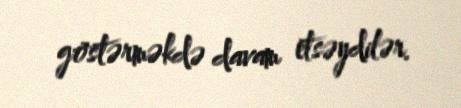
göstərməkdə davam etsəydilər.